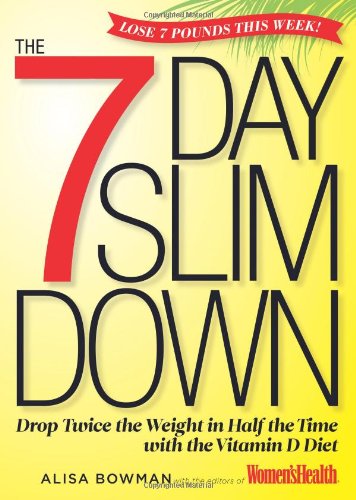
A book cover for The 7-Day Slim Down: Drop Twice the Weight in Half the Time with the Vitamin D Diet; Alisa Bowman; Health, Fitness & Dieting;